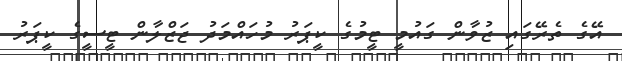
އޭގެ ތެރޭގައި ޒުވާން ގައުމީ ޓީމުގެ ކީޕަރު މުހައްމަދު ޖަޒްލާން ޓީސީގެ ކީޕަރު